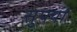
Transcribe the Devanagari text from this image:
सुफ्यां